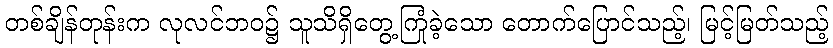
တစ်ချိန်တုန်းက လုလင်ဘဝ၌ သူသိရှိတွေ့ကြုံခဲ့သော တောက်ပြောင်သည့်၊ မြင့်မြတ်သည့်